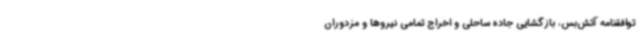
توافقنامه آتش‌بس، بازگشایی جاده ساحلی و اخراج تمامی نیروها و مزدوران